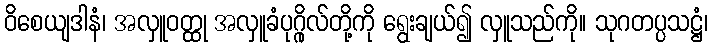
ဝိစေယျဒါနံ၊ အလှူဝတ္ထု အလှူခံပုဂ္ဂိုလ်တို့ကို ရွေးချယ်၍ လှူသည်ကို။ သုဂတပ္ပသဋ္ဌံ၊